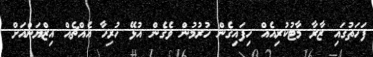
ފަހަތުގައި ޒާރާ މާޓުކުރިއެއް ހިފައިގެން ހުރުމުން ވެގެން އުޅޭ ހުރިހާ އެއްޗެއް އިޒްޔަންއަށް